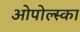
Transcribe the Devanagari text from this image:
ओपोल्स्का